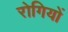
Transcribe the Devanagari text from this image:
रोगियों